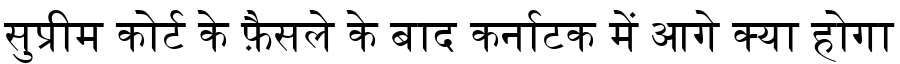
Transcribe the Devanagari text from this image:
सुप्रीम कोर्ट के फ़ैसले के बाद कर्नाटक में आगे क्या होगा